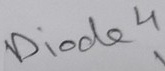
Text: Diode4